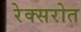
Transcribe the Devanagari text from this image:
रेक्सरोत